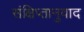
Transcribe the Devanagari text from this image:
संक्षिप्तानुवाद